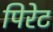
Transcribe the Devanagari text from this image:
पिरेट